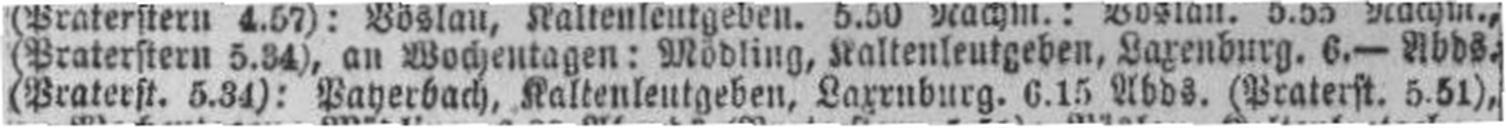
(Praterst. 5.34): Payerbach, Kaltenleutgeben, Laxrnburg, 6.15 Abds. (Praterst. 5.51),